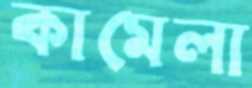
কামেলা